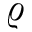
\varrho